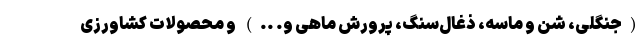
(جنگلی، شن و ماسه، ذغال­‌سنگ، پرورش ماهی و. ..) و محصولات کشاورزی